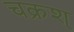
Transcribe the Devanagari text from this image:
चक्रश्